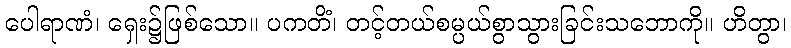
ပေါရာဏံ၊ ရှေး၌ဖြစ်သော။ ပကတိံ၊ တင့်တယ်စမ္ပယ်စွာသွားခြင်းသဘောကို။ ဟိတွာ၊